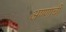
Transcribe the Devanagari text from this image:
अण्णाची